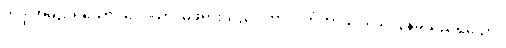
ဘဒ္ဒါအမည်ရှိသော။ ဒေဝိယာ၊ မိဖုရားသည်။ ကာလင်္ကတာယ၊ သေလွန်ခဲ့သည်ရှိသော်။